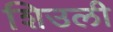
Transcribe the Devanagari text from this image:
शिउली